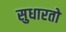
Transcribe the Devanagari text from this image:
सुधारतो